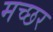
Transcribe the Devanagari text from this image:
मच्‍छर